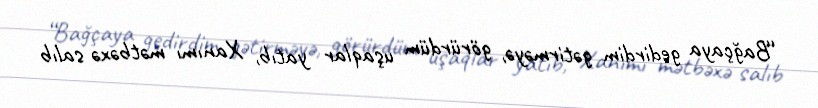
“Bağçaya gedirdim gətirməyə, görürdüm uşaqlar yatıb, Xanımı mətbəxə salıb